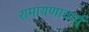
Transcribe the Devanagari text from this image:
रामायणाचार्य्